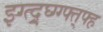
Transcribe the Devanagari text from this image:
झ्ग्त्द्र्घ्ग्ग्फ्त्फ्ह